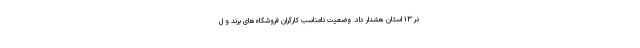
در ۱۳ استان هشدار داد. وضعیت نامناسب کارگران فروشگاه‌های برند و ل